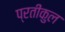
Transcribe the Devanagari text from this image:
प्रतीकुल